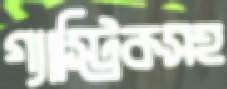
গ্যাস্ট্রিকসহ